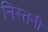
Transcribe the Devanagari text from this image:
निस्तनी